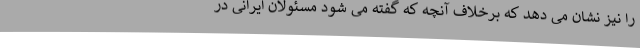
را نیز نشان می دهد که برخلاف آنچه که گفته می شود مسئولان ایرانی در